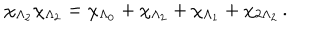
LaTeX: \chi _ { \Lambda _ { 2 } } \chi _ { \Lambda _ { 2 } } = \chi _ { \Lambda _ { 0 } } + \chi _ { \Lambda _ { 2 } } + \chi _ { \Lambda _ { 1 } } + \chi _ { 2 \Lambda _ { 2 } } \, .